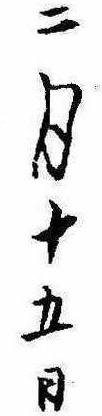
二月十五日